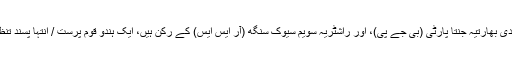
مودی بھارتیہ جنتا پارٹی (بی جے پی)، اور راشٹریہ سویم سیوک سنگھ (آر ایس ایس) کے رکن ہیں، ایک ہندو قوم پرست / انتہا پسند تنظیم۔